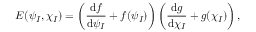
E ( \psi _ { I } , \chi _ { I } ) = \left( \frac { \mathrm { d } f } { \mathrm { d } \psi _ { I } } + f ( \psi _ { I } ) \right) \left( \frac { \mathrm { d } g } { \mathrm { d } \chi _ { I } } + g ( \chi _ { I } ) \right) ,